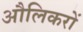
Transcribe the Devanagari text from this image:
औलिकरों